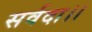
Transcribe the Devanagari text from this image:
सर्वदा।।